Annual report of the Punjab Veterinary College and of the Civil Veterinary Department, Punjab - 1894-1908
Year: 1894
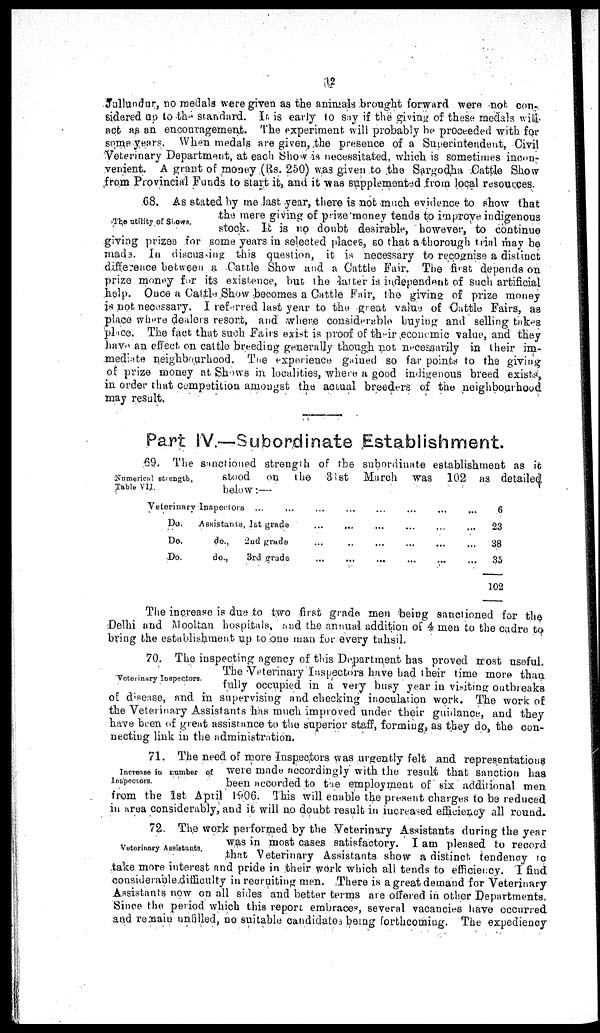
12
Jullundur, no medals were given as the animals brought forward were not con-
sidered up to the standard. It is early to say if the giving of these medals will
act as an encouragement. The experiment will probably be proceeded with for
some years. When medals are given the presence of a Superintendent, Civil
Veterinary Department, at each Show is necessitated, which is sometimes incon-
venient. A grant of money (Rs. 250) was given to the Sargodha Cattle Show
from Provincial Funds to start it, and it was supplemented from local resources
The utility of Shows.
68. As stated by me last year, there is not much evidence to show that
the mere giving of prize money tends to improve indigenous
stock. It is no doubt desirable, however, to continue
giving prizes for some years in selected places, so that a thorough trial may be
made. In discussing this question, it is necessary to recognise a distinct
difference between a Cattle Show and a Cattle Fair. The first depends on
prize money for its existence, but the latter is independent of such artificial
help. Once a Cattle Show becomes a Cattle Fair, the giving of prize money
is not necessary. I referred last year to the great value of Cattle Fairs, as
place where dealers resort, and where considerable buying and selling takes
place. The fact that such Fairs exist is proof of their economic value, and they
have an effect on cattle breeding generally though not necessarily in their im-
mediate neighbourhood. The experience gained so far points to the giving
of prize money at Shows in localities, where a good indigenous breed exists,
in order that competition amongst the actual breeders of the neighbourhood
may result.
Part IV.—Subordinate Establishment.
Numerical strength.
Table VII.
69. The sanctioned strength of the subordinate establishment as it
stood
on the 31st March was 102 as detailed
below :—
Veterinary Inspeetors ... ... ... ... ... ... .... ...
Do.
Do.
Do.
Assistants 1st grads... ... ... ... .... ...
do., 2nd grade ... ... ... ... .... ...
do.,
3rd grade ... ... ... ... .... ...
6
23
38
35
102
The increase is due to two first grade men being sanctioned for the
Delhi and Mooltan hospitals, and the annual addition of 4 men to the cadre to
bring the establishment up to one man for every tahsil.
Voterinary Inspectors.
70. The inspecting agency of this Department has proved most useful.
The Veterinary Inspectors have had their time more than
fully occupied in a very busy year in visiting outbreaks
of disease, and in supervising and checking inoculation work. The work of
the Veterinary Assistants has much improved under their guidance, and they
have been of great assistance to the superior staff, formings, as they do, the con-
necting link in the administration.
Increase in number of
Inspectors.
71. The need of more Inspectors was urgently felt and representations
were made accordingly with the result that sanction has
been accorded to the employment of six additional men
from the 1st April 1906. This will enable the present charges to be reduced
in area considerably, and it will no doubt result in increased efficiency all round.
Veterinary Assistants.
72. The work performed by the Veterinary Assistants during the year
was in most cases satisfactory. I am pleased to record
that Veterinary Assistants show a distinct tendency to
take more interest and pride in their work which all tends to efficiency. I find
considerable difficulty in recruiting men. There is a great demand for Veterinary
Assistants new on all sides and better terms are offered in other Departments.
Since the period which this report embraces, several vacancies have occurred
and remain unfilled, no suitable candidates being forthcoming. The expediency